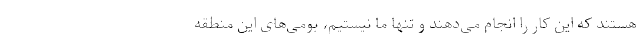
هستند که این کار را انجام می‌دهند و تنها ما نیستیم، بومی‌های این منطقه